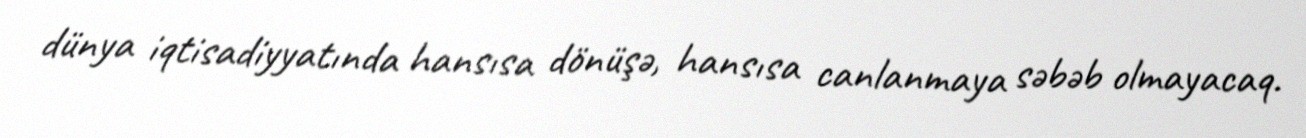
dünya iqtisadiyyatında hansısa dönüşə, hansısa canlanmaya səbəb olmayacaq.